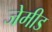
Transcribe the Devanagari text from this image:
जेमीड